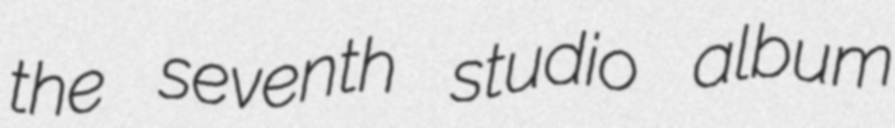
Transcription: the seventh studio album